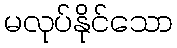
မလုပ်နိုင်သော